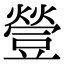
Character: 䝁